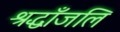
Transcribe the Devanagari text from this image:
श्रद्धाँजलि